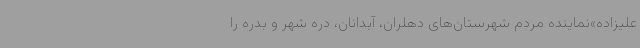
علیزاده»نماینده مردم شهرستان‌های دهلران، آبدانان، دره شهر و بدره را